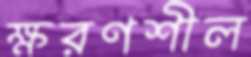
ক্ষরণশীল